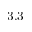
3 . 3